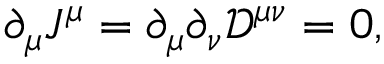
\partial _ { \mu } J ^ { \mu } = \partial _ { \mu } \partial _ { \nu } { \mathcal { D } } ^ { \mu \nu } = 0 ,